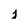
Character: j